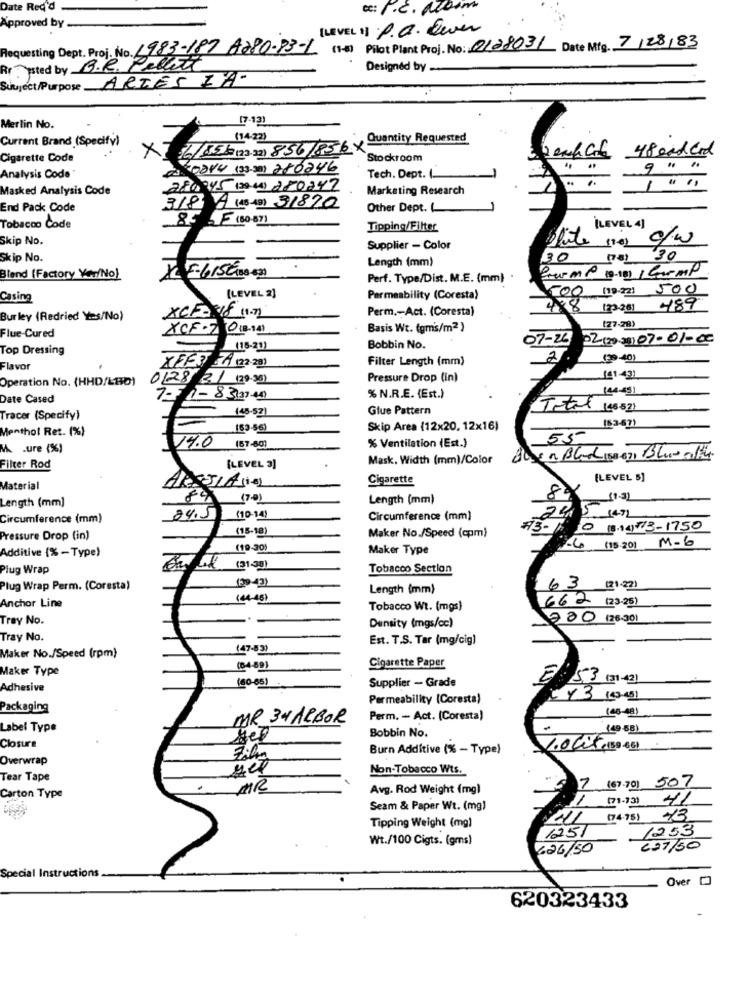
Date Red'd
cc: P.E. azbim
Approved by
[LEVEL "] .P.C. Lever
Requesting Dept. Proj. No. 1985
1983-187 A280-83-1 (1-3) Pilot Plant Proj. No: 2128031 Date Mfg. 7/28/83
Rr posted by B.R. Pellet
Designed by
Subject/Purpose ARTES ZA-
(7-13)
Merlin No.
Current Brand (Specify)
16/85 2(23.32) 856/85 6 x quantity Requested
(142)
Cigarette Code
X
Stockroom
48 ead Card
20014 (3-3) 280246
9 ."
Analysis Code'
Tech. Dept.(.
.. ..
Masked Analysis Code
28045 (20.4) 280247
Marketing Research
End Pack Code
3/8/ A (45-49) 31870
Other Dept.
85 F (80-87)
Tobacco Code
Tipping/Filter
[LEVEL 4]
Skip No.
Supplier - Color
file (a) c/w
Skip No.
Length (mm)
30 (73) 30
Blend (Factory Yer/No)
XLE-615 000
Perf. Type/Dist. M.E. (mm)
500 [19 .22] 500
Casing
(LEVEL 2)
Permeability (Coresta)
Perm .- Act. (Coresta)
428
120261 4897.
Burley (Redried Yes/No)
XCF= 18 11.71
XCF .7 0 (3-14)
Basis Wt. (gms/m2 )
127. Zt
Flue-Cured
07-20 02(2003)07-01-00
Top Dressing
(16-21)
Bobbin No.
Filter Length (mm)
2
(29-40)
Flavor
74 (22-29)
Operation No. (HHD/LBD)
0128 21 (29-30)
Pressure Drop (in)
(41-43)
(44-5)
Date Cased
7-5 1- 83,23:40
% N.R.E. (Est.)
(45-57)
Glue Pattern
Total (46821
Tracer (Specify)
=
Menthol Ret. (%)
(53-56)
Skip Area (12x20, 12x16)
153-47)
55
M .ure (%)
14.0 (57.60)
% Ventilation (Est.)
Mask, Width (mm)/Color
Filter Rod
[LEVEL 3]
Cigarette
(LEVEL 5)
Material
8
89
17-01
Length (mm)
Length (mm]
245
1471
Circumference (mm)
24.5
(10-14)
Circumference (mm)
(15-18)
Maker No./Speed (cpm)
73-11: 10 (3.14) 773-1750
Pressure Drop (in)
Additive (% -Type)
(19-30)
Maker Type
-4 (15.201 M-6
Plug Wrap
(31-38)
Tobacco Section
Plug Wrap Perm. (Coresta)
(20 43)
Length (mm)
63 (21/22)
Anchor Line
Tobacco Wt. (mgs)
662 (23-25)
Tray No.
Density (mgs/cc)
200 (26-301
Tray No.
Est. T.S. Tar (mg/cig)
(47-53)
Maker No./Speed (rpm)
Cigarette Paper
Maker Type
(84-89)
Supplier - Grade
53(31-42)
Adhesive
(40-65)
Permeability (Coresta)
Packaging
(40-48)
MR 34 ARBOR
Perm. - Act. (Coresta)
Label Type
Bobbin No.
(49 -58)
Closure
Burn Additive (% - Type)
Overwrap
Film
yel
Non-Tobacco Wts.
Tear Tape
MR
Avg. Rod Weight (mg)
7 (67-70) 507
Carton Type
Seam & Paper Wt. (mg)
HI (74.75)
Tipping Weight (mg)
1253
Wt./100 Cigts. (gms)
1251
6.26/50
627/50
Special Instructions
Over [O
620323433